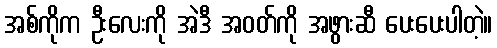
အစ်ကိုက ဦးလေးကို အဲဒီ အဝတ်ကို အဖွားဆီ ပေးပေးပါတဲ့။